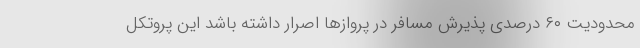
محدودیت ۶۰ درصدی پذیرش مسافر در پروازها اصرار داشته باشد این پروتکل